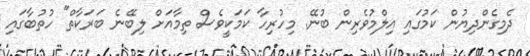
ދެމިގެންދިޔުން ކަމުގައި އިލްމުވެރިން ބުނޭ. މިހުރިހާ ކަމަކީވެސް ތިމާއަށް ލިބޭނެ ބަރަކާތް" ހުތުބާގައި